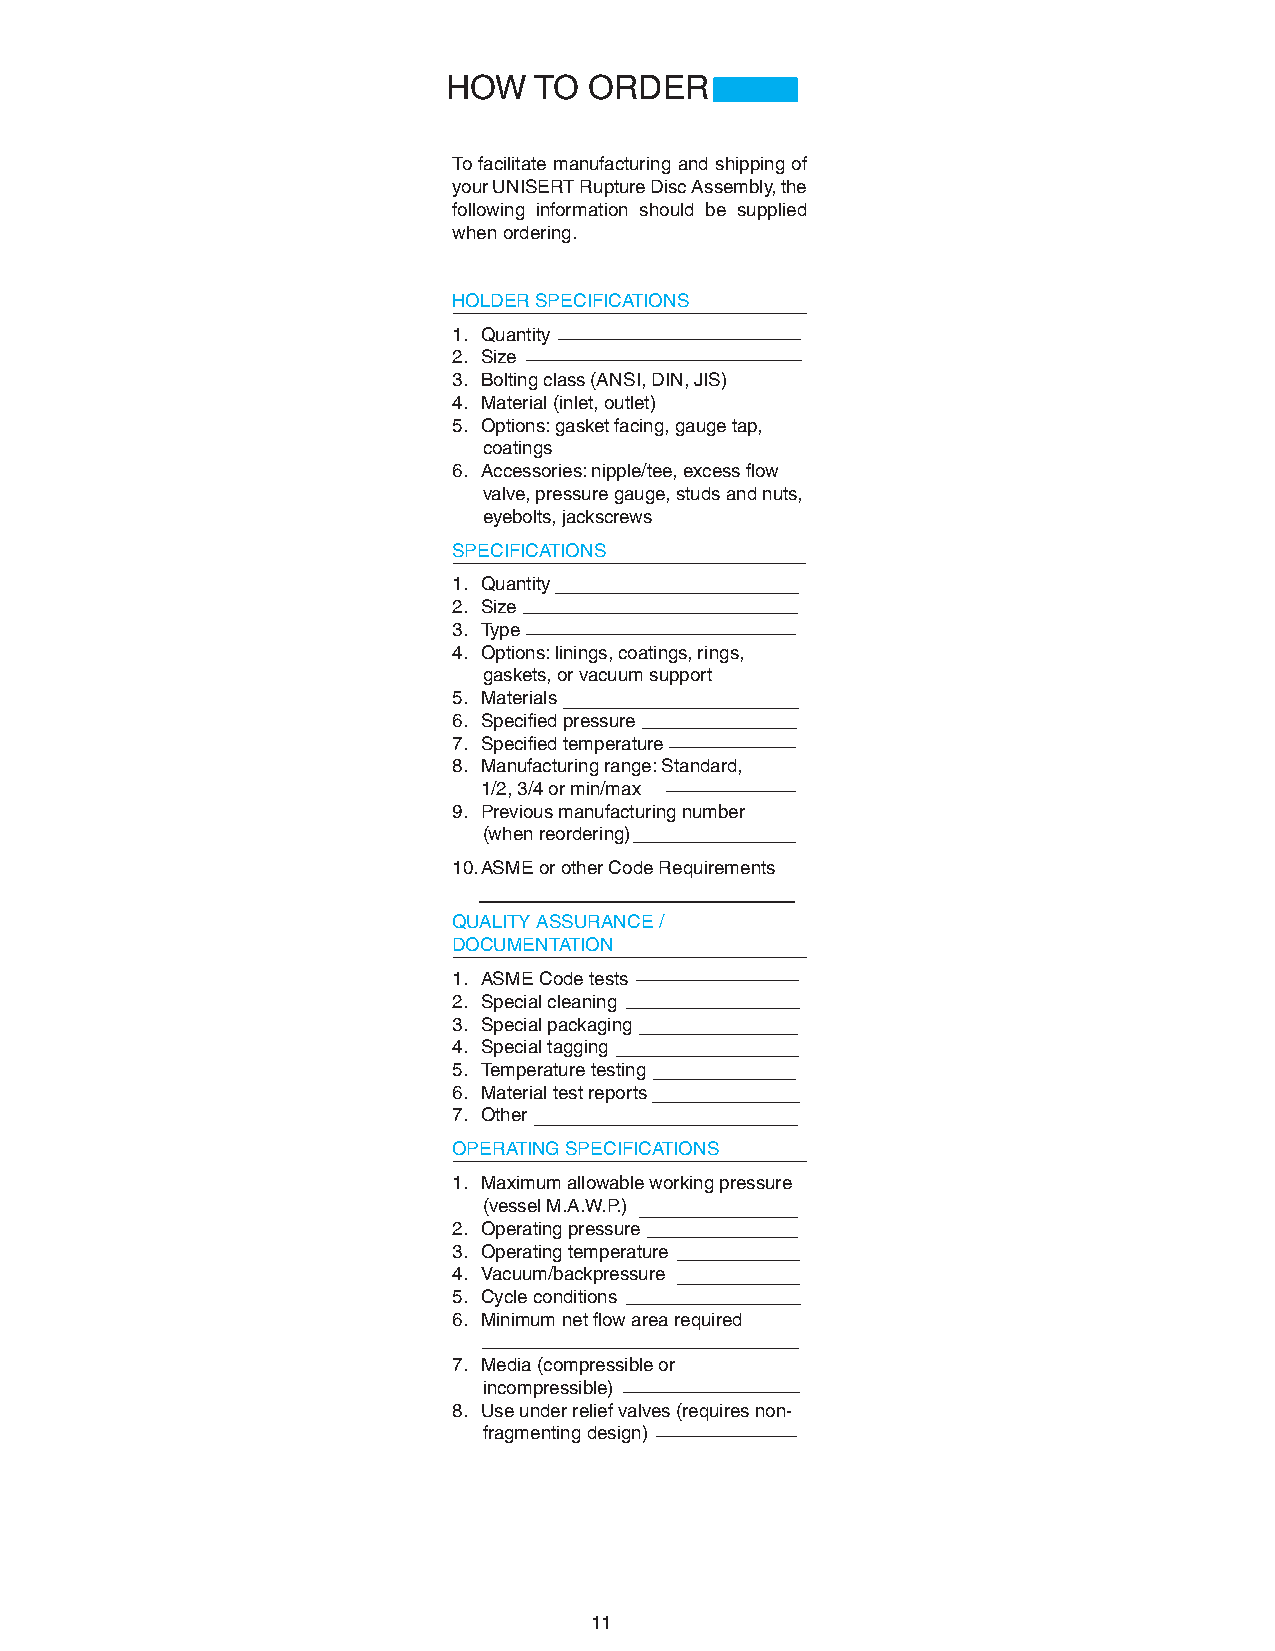
HOW  TO  ORDER
 To facilitate manufacturing and shipping of
 your UNISERT Rupture Disc Assembly, the
 following information should be supplied
 when ordering.
 HOLDER SPECIFICATIONS
 1. Quantity
 2. Size
 3. Bolting class (ANSI, DIN, JIS)
 4. Material (inlet, outlet)
 5. Options: gasket facing, gauge tap,
 coatings
 6. Accessories: nipple/tee, excess flow
 valve, pressure gauge, studs and nuts,
 eyebolts, jackscrews
 SPECIFICATIONS
 1. Quantity
 2. Size
 3. Type
 4. Options: linings, coatings, rings,
 gaskets, or vacuum support
 5. Materials
 6. Specified pressure
 7. Specified temperature
 8. Manufacturing range: Standard,
 1/2, 3/4 or min/max
 9. Previous manufacturing number
 (when reordering)
 10. ASME or other Code Requirements
 QUALITY ASSURANCE /
 DOCUMENTATION
 1. ASME Code tests
 2. Special cleaning
 3. Special packaging
 4. Special tagging
 5. Temperature testing
 6. Material test reports
 7. Other
 OPERATING SPECIFICATIONS
 1. Maximum allowable working pressure
 (vessel M.A.W.P.)
 2. Operating pressure
 3. Operating temperature
 4. Vacuum/backpressure
 5. Cycle conditions
 6. Minimum net flow area required
 7. Media (compressible or
 incompressible)
 8. Use under relief valves (requires non-
 fragmenting design)
 11